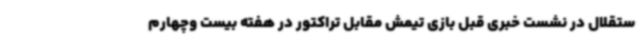
ستقلال در نشست خبری قبل بازی تیمش مقابل تراکتور در هفته بیست وچهارم